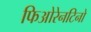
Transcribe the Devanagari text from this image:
फिओरेनटिनो